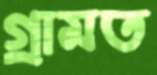
গ্রামত